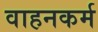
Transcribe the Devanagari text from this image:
वाहनकर्म